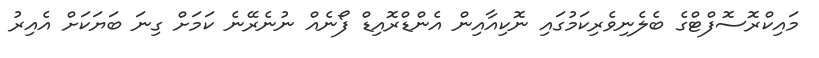
މައިކްރޮސޮފްޓްގެ ބެލެނިވެރިކަމުގައި ނޮކިއާއިން އެންޑްރޮއިޑް ފޯނެއް ނުނެރޭނެ ކަމަށް ގިނަ ބަޔަކަށް އެއިރު